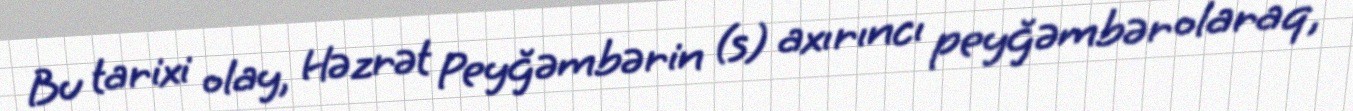
Bu tarixi olay, Həzrət Peyğəmbərin (s) axırıncı peyğəmbər olaraq,